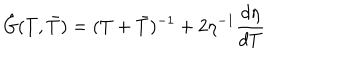
\hat { G } ( T , \bar { T } ) = ( T + \bar { T } ) ^ { - 1 } + 2 \eta ^ { - 1 } \frac { d \eta } { d T }